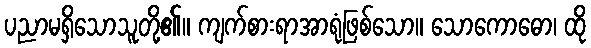
ပညာမရှိသောသူတို့၏။ ကျက်စားရာအာရုံဖြစ်သော။ သောကောဓော၊ ထို